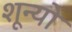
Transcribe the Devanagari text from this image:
शून्यो